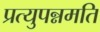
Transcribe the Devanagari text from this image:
प्रत्युपन्नमति